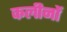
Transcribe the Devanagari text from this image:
कलीनों